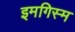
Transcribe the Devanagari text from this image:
इमगिस्म